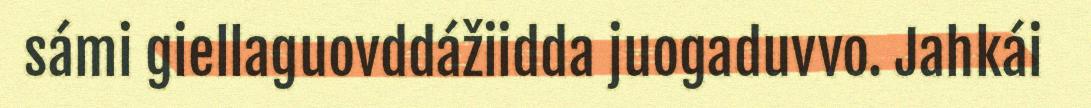
sámi giellaguovddážiidda juogaduvvo. Jahkái